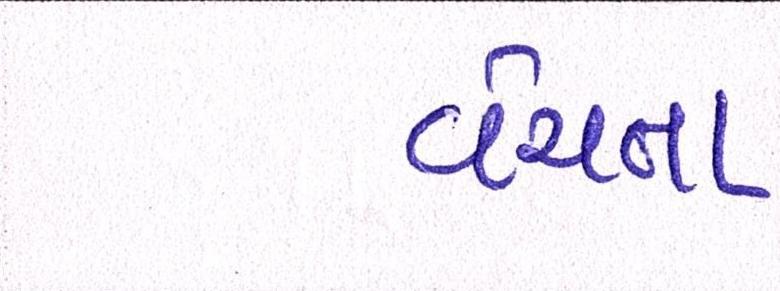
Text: વેચતા